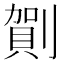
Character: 𠟒